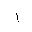
Letter: _alif